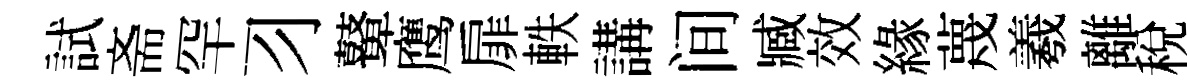
試斋罕习鼙鹰扉軼講间臧效緣蔑羲離稅